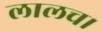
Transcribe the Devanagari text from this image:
लालच।